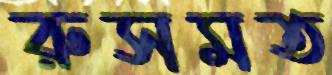
রুসমত